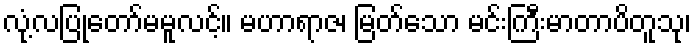
လုံ့လပြုတော်မမူလင့်။ မဟာရာဇ၊ မြတ်သော မင်းကြီးမာတာပိတူသု၊